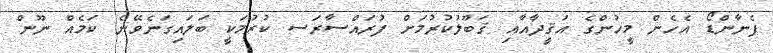
ފެނާންޑޯ އެހެން މީހުންގެ އަޤީދާއާއި ޤަބޫލުކުރުމަށް ފުރައްސާރަސ ކުރުމަކީ ބަލައިގަނެވޭނެ ކަމެއް ނޫން